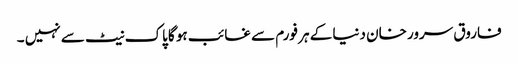
فاروق سرور خان دنیا کے ہر فورم سے غائب ہو گا پاک نیٹ سے نہیں ۔